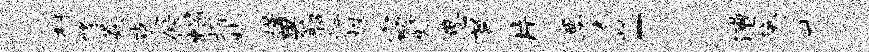
村修焱吏偕蝎擢札槿果韶炳株窈蟠思菖片粟杏忧「漕黛十